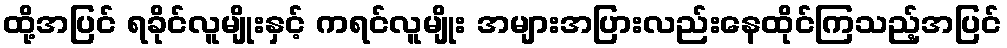
ထို့အပြင် ရခိုင်လူမျိုးနှင့် ကရင်လူမျိုး အများအပြားလည်းနေထိုင်ကြသည့်အပြင်